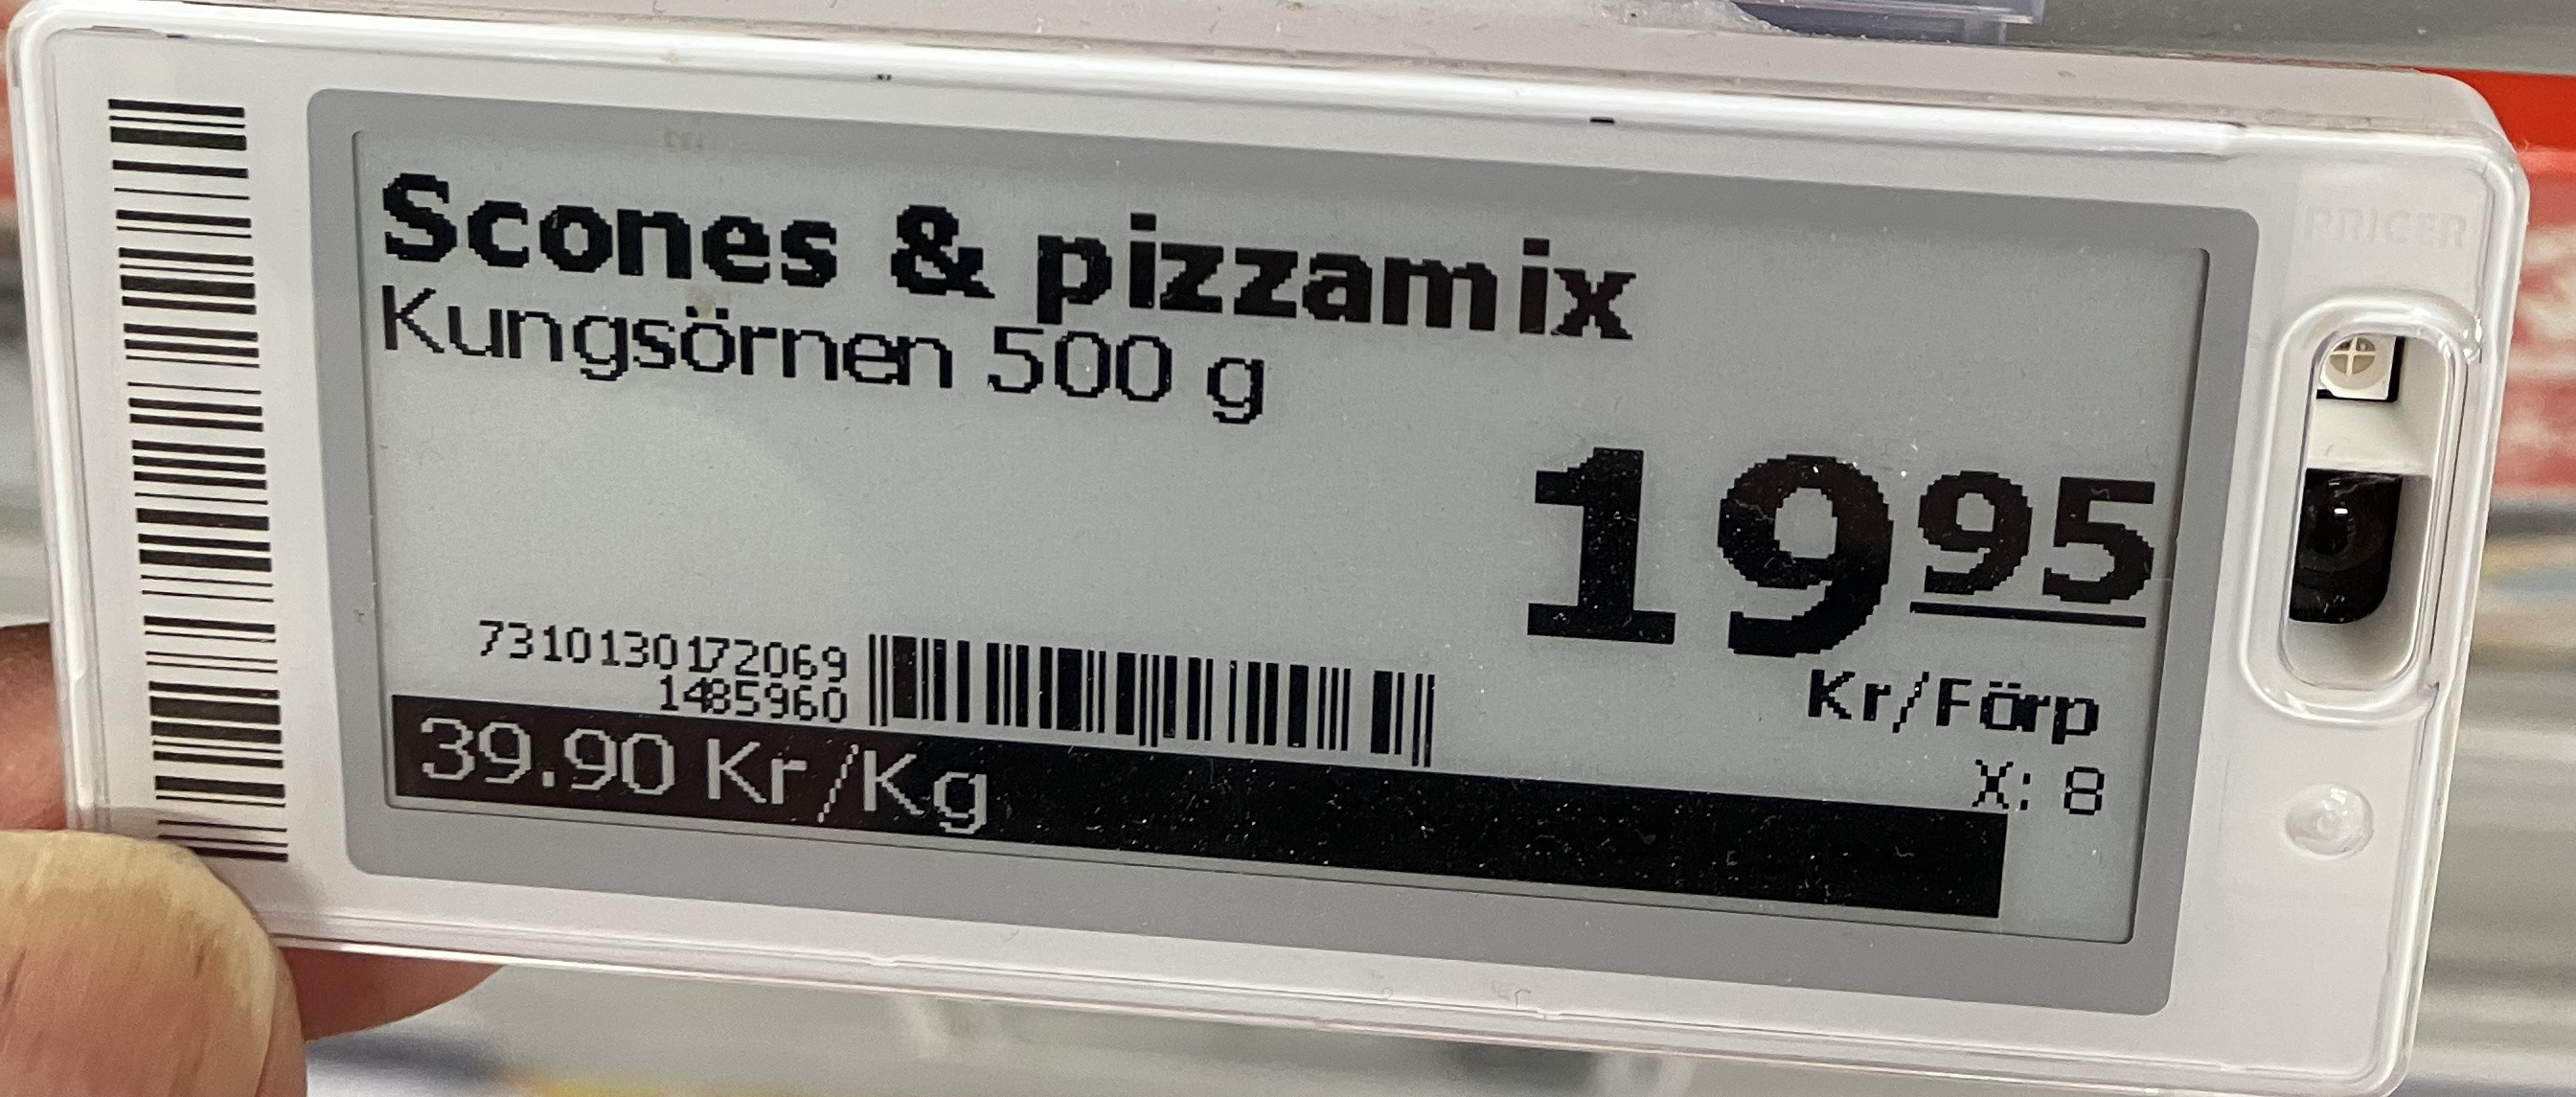
Vara: Scones & pizzamix
Genomsnittspris: 39.9 per kg